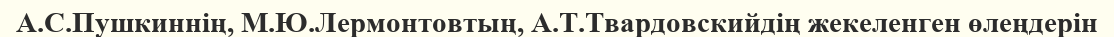
А.С.Пушкиннің, М.Ю.Лермонтовтың, А.Т.Твардовскийдің жекеленген өлеңдерін